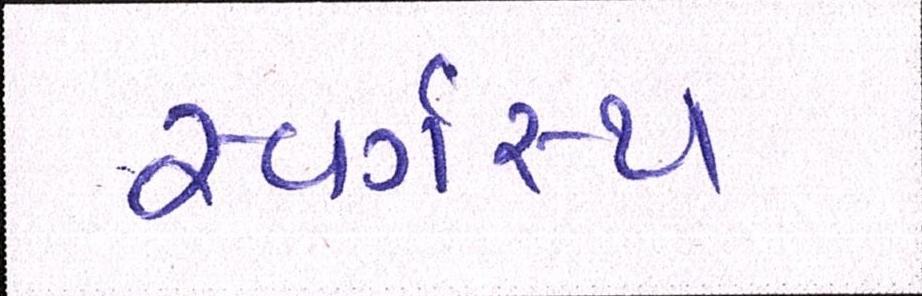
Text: સ્વર્ગસ્થ